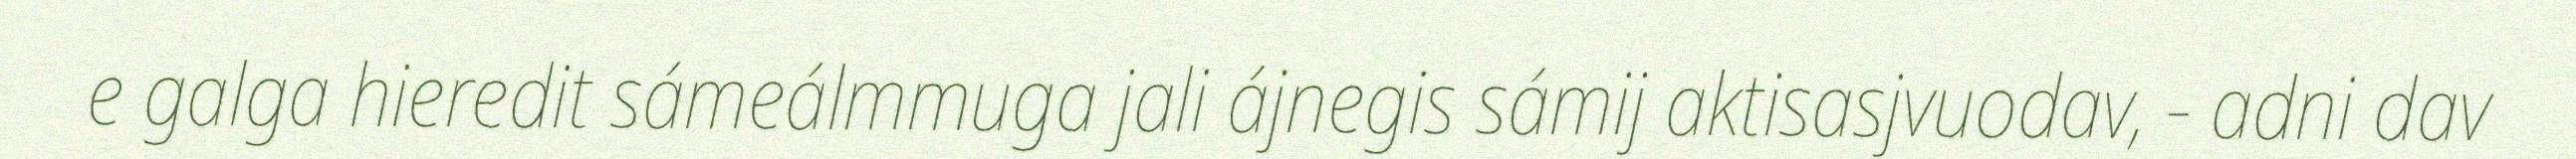
e galga hieredit sámeálmmuga jali ájnegis sámij aktisasjvuodav, - adni dav